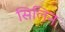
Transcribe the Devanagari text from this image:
सिलिन